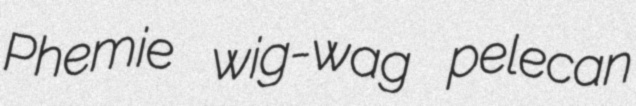
Phemie wig-wag pelecan